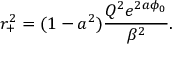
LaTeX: r _ { + } ^ { 2 } = ( 1 - a ^ { 2 } ) \frac { Q ^ { 2 } e ^ { 2 a \phi _ { 0 } } } { \beta ^ { 2 } } .